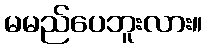
မမည်ပေဘူးလား။